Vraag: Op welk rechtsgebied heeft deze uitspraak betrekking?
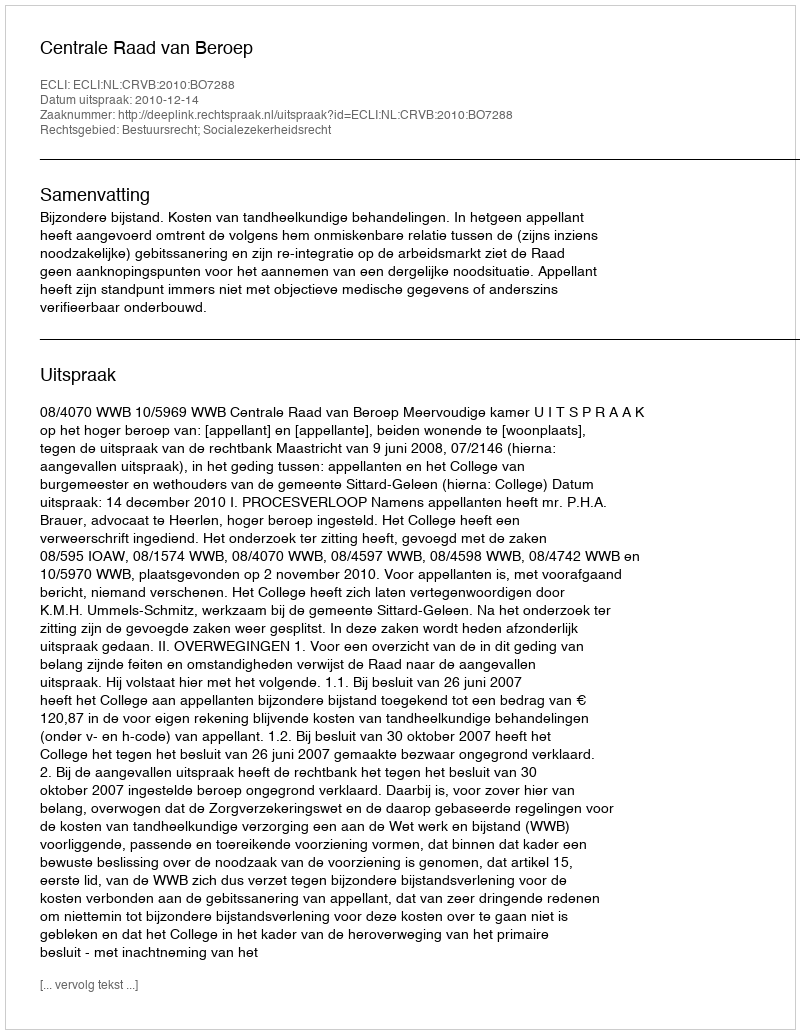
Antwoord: Bestuursrecht; Socialezekerheidsrecht